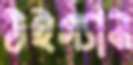
উইগ্যান